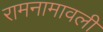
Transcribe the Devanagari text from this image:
रामनामावली